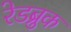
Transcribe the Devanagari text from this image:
रेडब्रुक